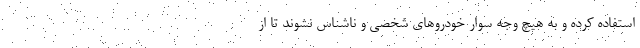
استفاده کرده و به هیچ وجه سوار خودرو‌های شخصی و ناشناس نشوند تا از